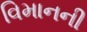
વિમાનની